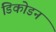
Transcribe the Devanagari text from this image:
डिकोडन